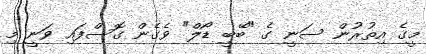
މީގެ އިތުރުން ސަނީ ގެ "ބޭބީ ޑޯލް" ވެގެން ގޮސްފައި ވަނީ މި